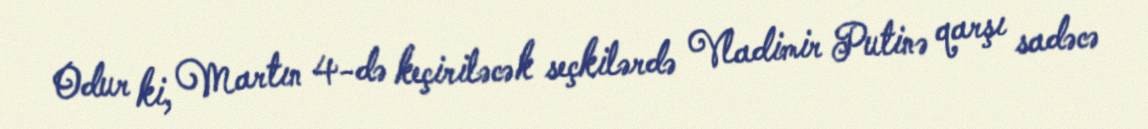
Odur ki, Martın 4-də keçiriləcək seçkilərdə Vladimir Putinə qarşı sadəcə